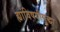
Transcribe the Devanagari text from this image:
ह्यांविषयीसुद्धा